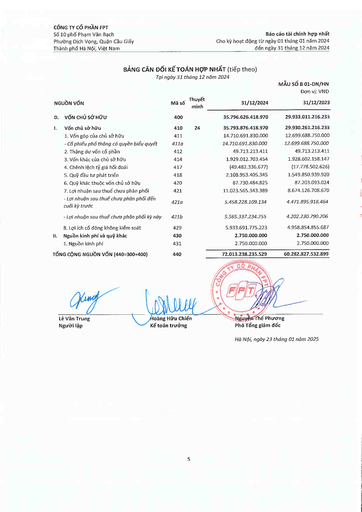
|NGUỒN VỐN|Mã số|Thuyết minh|31/12/2024|MẪU SỐ B 01-DN/HN Đơn vị: VND 31/12/2023| |---|---|---|---|---| |D. VỐN CHỦ SỞ HỮU|400||35.796.626.418.970|29.933.011.216.233| |I. Vốn chủ sở hữu|410|24|35.793.876.418.970|29.930.261.216.233| |1. Vốn góp của chủ sở hữu|411||14.710.691.830.000|12.699.688.750.000| |Cổ phiếu phổ thông có quyền biểu quyết|411a||14.710.691.830.000|12.699.688.750.000| |2. Thặng dư vốn cổ phần|412||49.713.213.411|49.713.213.411| |3. Vốn khác của chủ sở hữu|414||1.929.012.703.454|1.928.602.158.147| |4. Chênh lệch tỷ giá hối đoái|417||(49.482.336.677)|(17.778.502.626)| |5. Quỹ đầu tư phát triển|418||2.108.953.405.345|1.549.850.939.920| |6. Quỹ khác thuộc vốn chủ sở hữu|420||87.730.484.825|87.203.093.024| |7. Lợi nhuận sau thuế chưa phân phối|421||11.023.565.343.389|8.674.126.708.670| |- Lợi nhuận sau thuế chưa phân phối đến cuối kỳ trước|421a||5.458.228.109.134|4.471.895.918.464| |- Lợi nhuận sau thuế chưa phân phối kỳ này|421b||5.565.337.234.255|4.202.230.790.206| |8. Lợi ích cổ đông không kiểm soát|429||5.933.691.775.223|4.958.854.855.687| |II. Nguồn kinh phí và quỹ khác|430||2.750.000.000|2.750.000.000| |1. Nguồn kinh phí|431||2.750.000.000|2.750.000.000| |TỔNG CỘNG NGUỒN VỐN (440=300+400)|440||72.013.238.235.529|60.282.827.532.899|